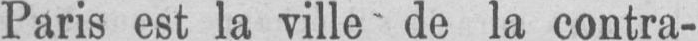
Paris est la ville de la contra-